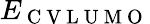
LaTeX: E_{\mathrm{~C~V~L~U~M~O~}}